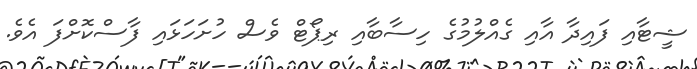
ޝީޓާއި ފައިދާ އާއި ގެއްލުމުގެ ހިސާބާއި ރިޕޯޓް ވެސް ހުށަހަޅައި ފާސްކޮށްފަ އެވެ.